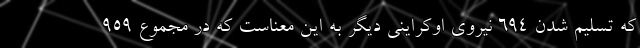
که تسلیم شدن ۶۹۴ نیروی اوکراینی دیگر به این معناست که در مجموع ۹۵۹